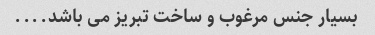
بسیار جنس مرغوب و ساخت تبریز می باشد....